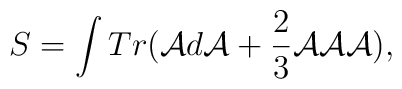
S=\int Tr({\cal A}d{\cal A}+\frac{2}{3}{\cal A}{\cal A}{\cal A}),